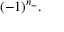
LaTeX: ( - 1 ) ^ { n _ { - } } .